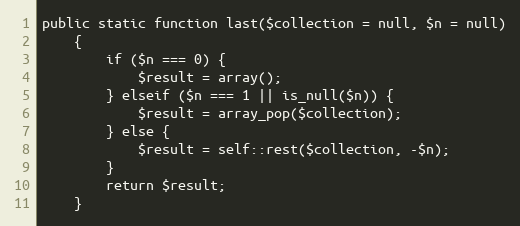
Language: PHP
public static function last($collection = null, $n = null)
    {
        if ($n === 0) {
            $result = array();
        } elseif ($n === 1 || is_null($n)) {
            $result = array_pop($collection);
        } else {
            $result = self::rest($collection, -$n);
        }
        return $result;
    }